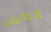
إحداثيات